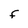
Character: F